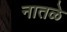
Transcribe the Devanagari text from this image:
नातळे